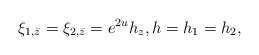
\begin{align*}\xi_{1,\bar{z}} = \xi_{2,\bar{z}} = e^{2u} h_{z}, h= h_1 = h_2,\end{align*}